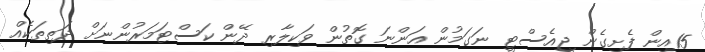
15އިން ފެށިގެން ޖީއެސްޓީ ނަގަމުން އަންނަ ގޮތުން ވަކިލާރި ދޭން ކަސްޓަމަރުންނަށް ދަތިތަކެއް